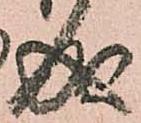
成